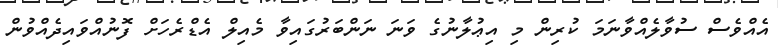
އެއްވެސް ސުވާލެއްވާނަމަ ކުރިން މި އިޢުލާނުގެ ވަނަ ނަންބަރުގައިވާ މެއިލް އެޑްރެހަށް ފޮނުއްވައިދެއްވުން